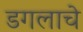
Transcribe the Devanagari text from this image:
डगलाचे